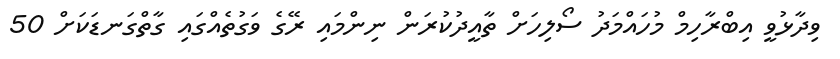
ވިދާޅުވީ އިބްރާހިމް މުހައްމަދު ސޯލިހަށް ތާއީދުކުރަން ނިންމައި ރޭގެ ވަގުތެއްގައި ގާތްގަނޑަކަށް 50